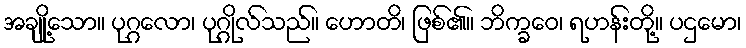
အချို့သော။ ပုဂ္ဂလော၊ ပုဂ္ဂိုလ်သည်။ ဟောတိ၊ ဖြစ်၏။ ဘိက္ခဝေ၊ ရဟန်းတို့။ ပဌမော၊